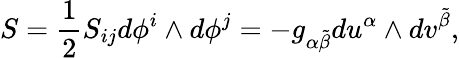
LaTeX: S=\frac{1}{2}S_{ij}d\phi^{i}\wedge d\phi^{j}=-g_{\alpha\tilde{\beta}}du^{\alpha}\wedge dv^{\tilde{\beta}},